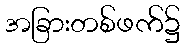
အခြားတစ်ဖက်၌